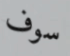
سوف